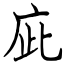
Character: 庛